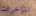
المؤخرات